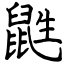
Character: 鼪